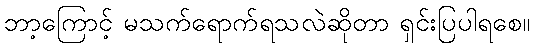
ဘာ့ကြောင့် မသက်ရောက်ရသလဲဆိုတာ ရှင်းပြပါရစေ။